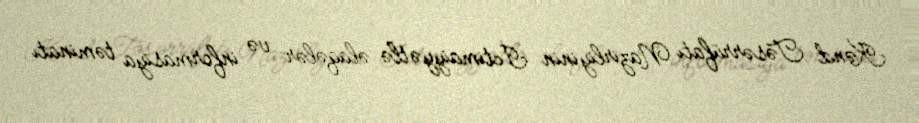
Kənd Təsərrüfatı Nazirliyinin İctimaiyyətlə əlaqələr və informasiya təminatı